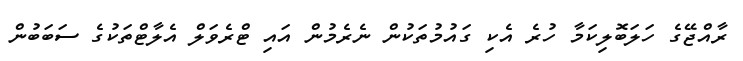
ރާއްޖޭގެ ހަލަބޮލިކަމާ ހުރެ އެކި ގައުމުތަކުން ނެރެމުން އައި ޓްރެވަލް އެލާޓްތަކުގެ ސަބަބުން